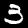
Label: 3